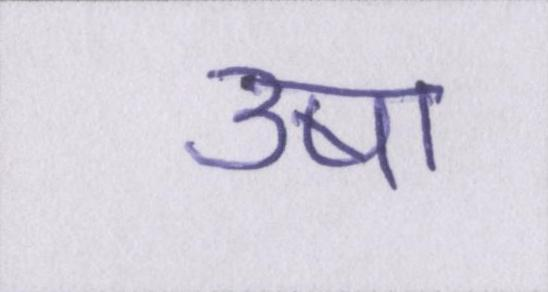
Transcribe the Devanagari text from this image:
उषा